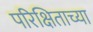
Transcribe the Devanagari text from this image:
परिक्षिताच्या